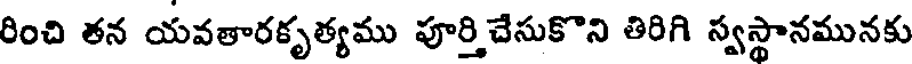
రించి తన యవతారకృత్యము పూర్తి చేసుకొని తిరిగి స్వస్థానమునకు